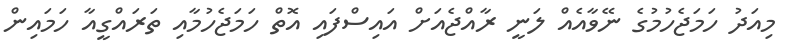
މިއަދު ހަމަޖެހުމުގެ ނޭވާއެއް ލަނީ ރާއްޖެއަށް އައިސްފައި އޮތް ހަމަޖެހުމާއި ތަރައްގީއާ ހަމައިން